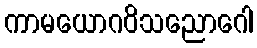
ကာမယောဂဝိသညောဂေါ